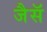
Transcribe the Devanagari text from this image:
जैसॅ